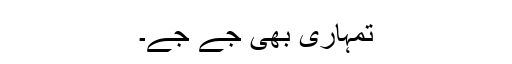
تمہاری بھی جے جے۔